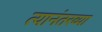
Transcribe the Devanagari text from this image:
त्यानंतरव्या